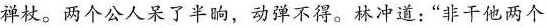
禅杖。两个公人呆了半晌，动弹不得。林冲道：“非干他两个